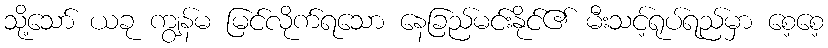
သို့သော် ယခု ကျွန်မ မြင်လိုက်ရသော နေခြည်မင်းနိုင်၏ မီးသင့်ရုပ်ရည်မှာ စေ့စေ့